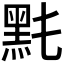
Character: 𪐠